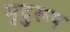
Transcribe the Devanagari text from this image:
मृदुरूप